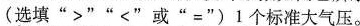
（选填”>””<”或”=”）1个标准大气压。